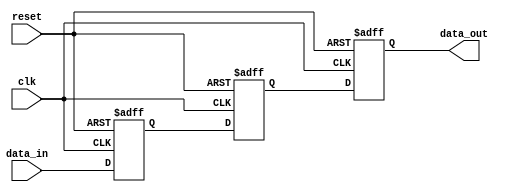
module cascade_synchronizer (
    input wire clk,
    input wire reset,
    input wire data_in,
    output wire data_out
);

reg [2:0] ff1, ff2, ff3; // Define three flip-flops for the cascade synchronizer

always @(posedge clk or posedge reset) begin
    if (reset) begin
        ff1 <= 1'b0;
        ff2 <= 1'b0;
        ff3 <= 1'b0;
    end else begin
        ff1 <= data_in;
        ff2 <= ff1;
        ff3 <= ff2;
    end
end

assign data_out = ff3; // Output the synchronized data from the last flip-flop

endmodule